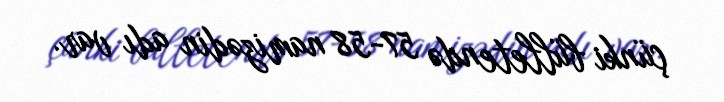
çünki bülletendə 57-58 namizədin adı var.